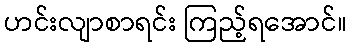
ဟင်းလျာစာရင်း ကြည့်ရအောင်။